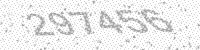
Solution: 297456